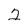
Character: 2